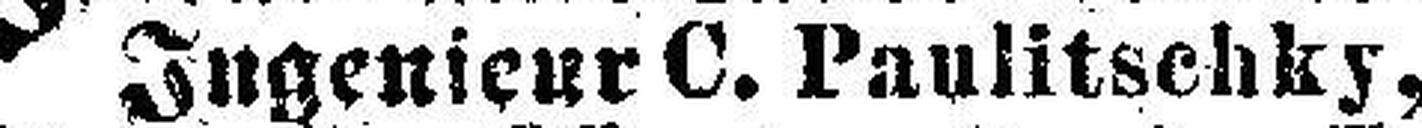
Ingenieur C. Paulitschky,